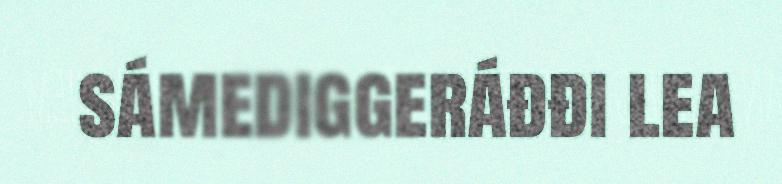
sámediggeráđđi lea